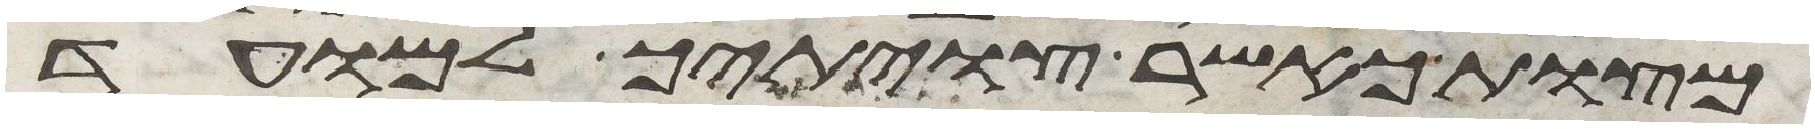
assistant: מצות כאשר צויתיך למועד